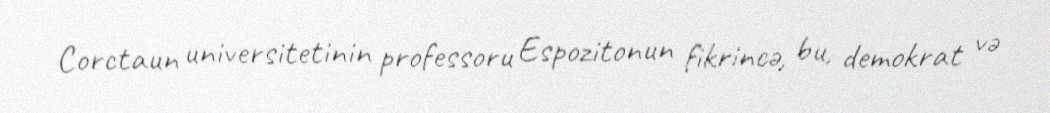
Corctaun universitetinin professoru Espozitonun fikrincə, bu, demokrat və